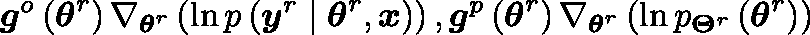
\boldsymbol { g } ^ { o } \left( \boldsymbol { \theta } ^ { r } \right) \triangleq \nabla _ { \boldsymbol { \theta } ^ { r } } \left( \ln p \left( \boldsymbol { y } ^ { r } \mid \boldsymbol { \theta } ^ { r } , \boldsymbol { x } \right) \right) , \boldsymbol { g } ^ { p } \left( \boldsymbol { \theta } ^ { r } \right) \triangleq \nabla _ { \boldsymbol { \theta } ^ { r } } \left( \ln p _ { \mathbf { \Theta } ^ { r } } \left( \boldsymbol { \theta } ^ { r } \right) \right)